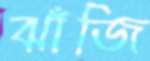
ঝাঁজি